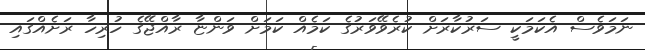
ނަމަވެސް އެކަމަކީ ސަރުކާރަށް ކުރެވޭވަރުގެ ކަމެއް ކަމަށް ވަންޏާ ރާއްޖޭގެ ހުރިހާ ރަށެއްގައި